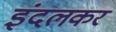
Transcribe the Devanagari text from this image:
इंदलकर